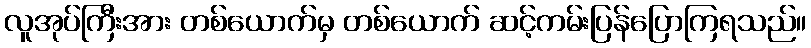
လူအုပ်ကြီးအား တစ်ယောက်မှ တစ်ယောက် ဆင့်ကမ်းပြန်ပြောကြရသည်။